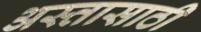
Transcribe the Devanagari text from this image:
अस्तासाठी